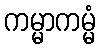
ကမ္မာကမ္မံ